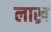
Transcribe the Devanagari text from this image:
लाख्र